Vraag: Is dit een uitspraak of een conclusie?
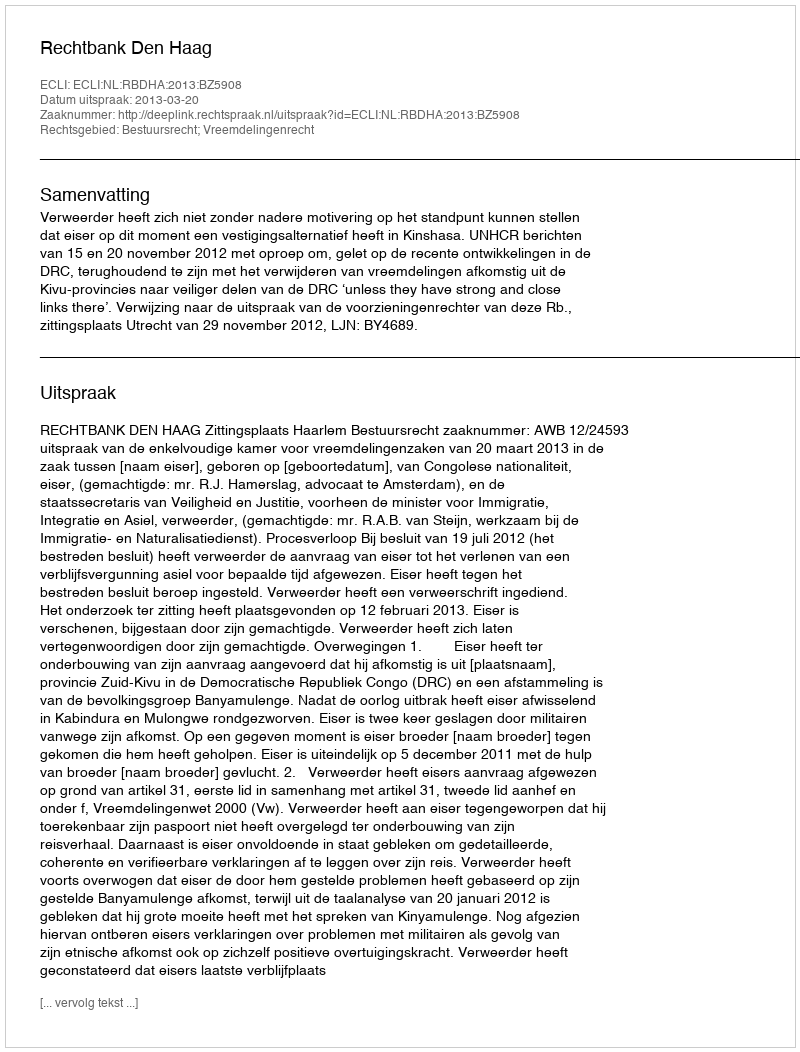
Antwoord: Uitspraak